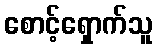
စောင့်ရှောက်သူ